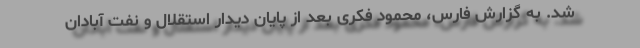
شد. به گزارش فارس، محمود فکری بعد از پایان دیدار استقلال و نفت آبادان